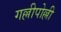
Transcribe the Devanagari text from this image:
गल्लीपोल्ली